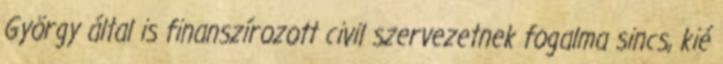
György által is finanszírozott civil szervezetnek fogalma sincs, kié